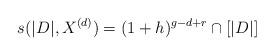
LaTeX: \begin{align*}s(|D|,X^{(d)}) = (1+h)^{g-d+r}\cap [|D|]\end{align*}